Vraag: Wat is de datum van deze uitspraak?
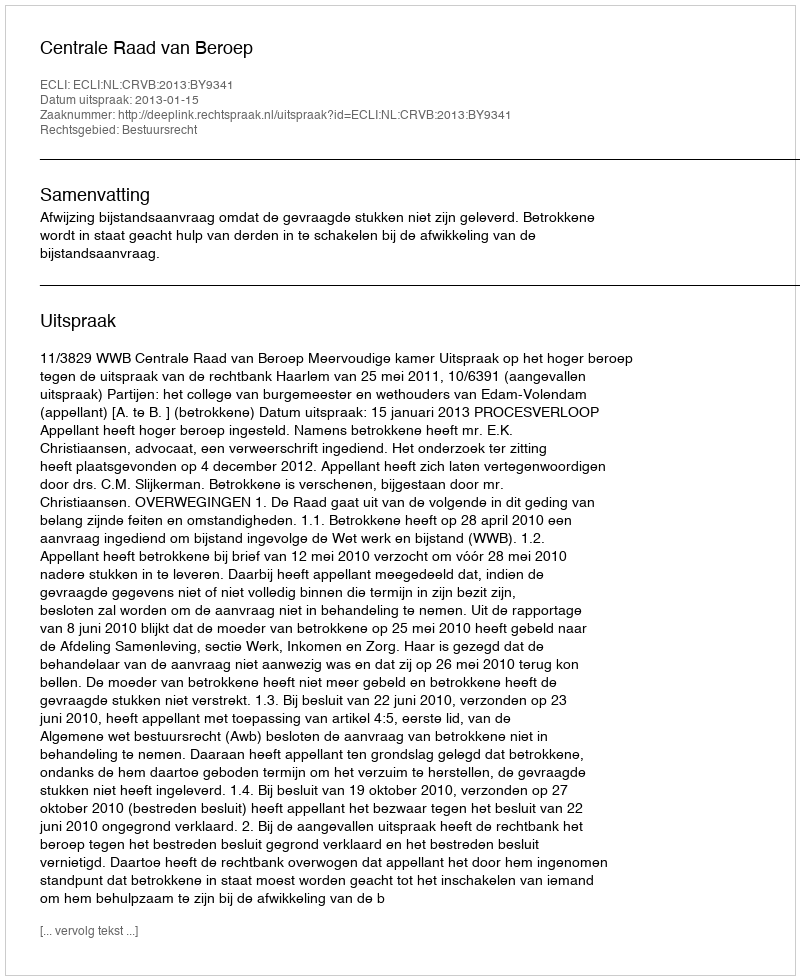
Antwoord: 2013-01-15